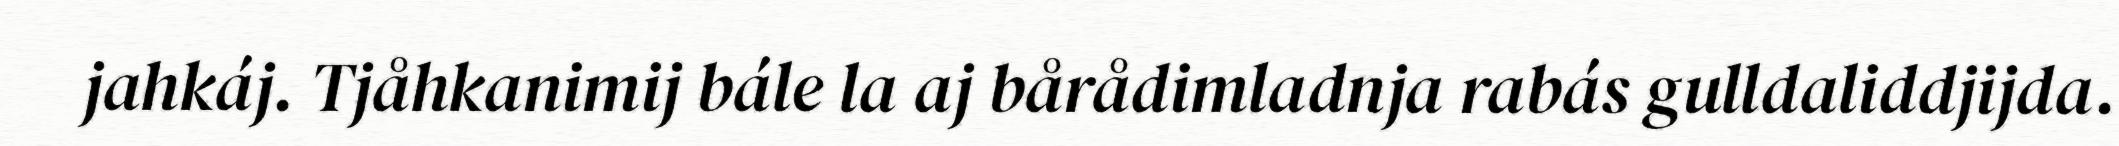
jahkáj. Tjåhkanimij bále la aj bårådimladnja rabás gulldaliddjijda.